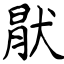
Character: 猒